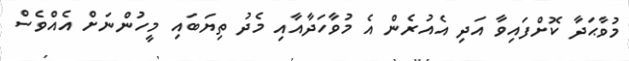
މުވާޙަދާ ކޮށްފައިވާ އަދި އެއުރެން އެ މުވާހަދާއާއި މެދު ތިޔަބައި މީހުންނަށް އެއްވެސް